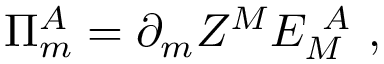
\Pi _ { m } ^ { A } = \partial _ { m } Z ^ { M } E _ { M } ^ { ~ A } ~ ,